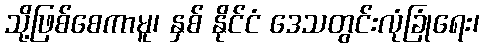
သို့ဖြစ်စေကာမူ၊ နှစ် နိုင်ငံ ဒေသတွင်းလုံခြုံရေး၊